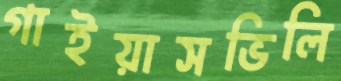
গাইয়াসভিলি